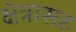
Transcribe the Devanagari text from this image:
क्षेत्रासह